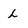
Character: L